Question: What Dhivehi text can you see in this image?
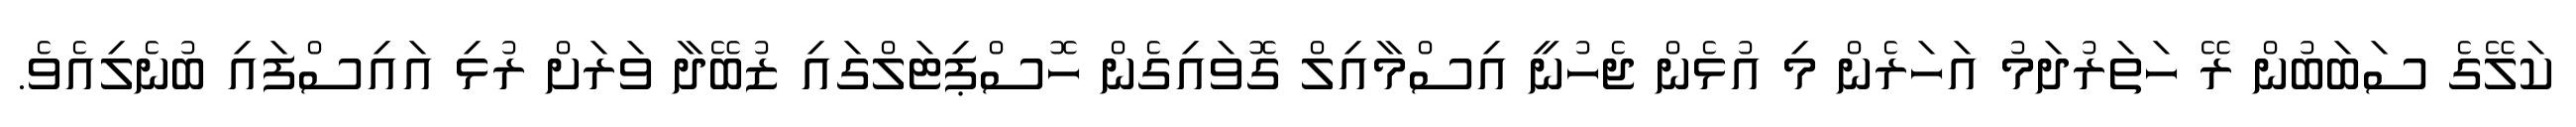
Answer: ކަލޭގެ ސަބަބުން ރޭ ހަތަރުދަމު އަހަރެން މި އުޅެން ޖެހުނީ އިސްމާއިލް ގޮވައިގެން ހޮސްޕިޓަލްގައި ޒުބޭދާ ވަރަށް ރުޅި އައިސްފައި ބުނެލިއެވެ.